Annual report on the working of the lock hospitals in the North-Western Provinces and Oudh
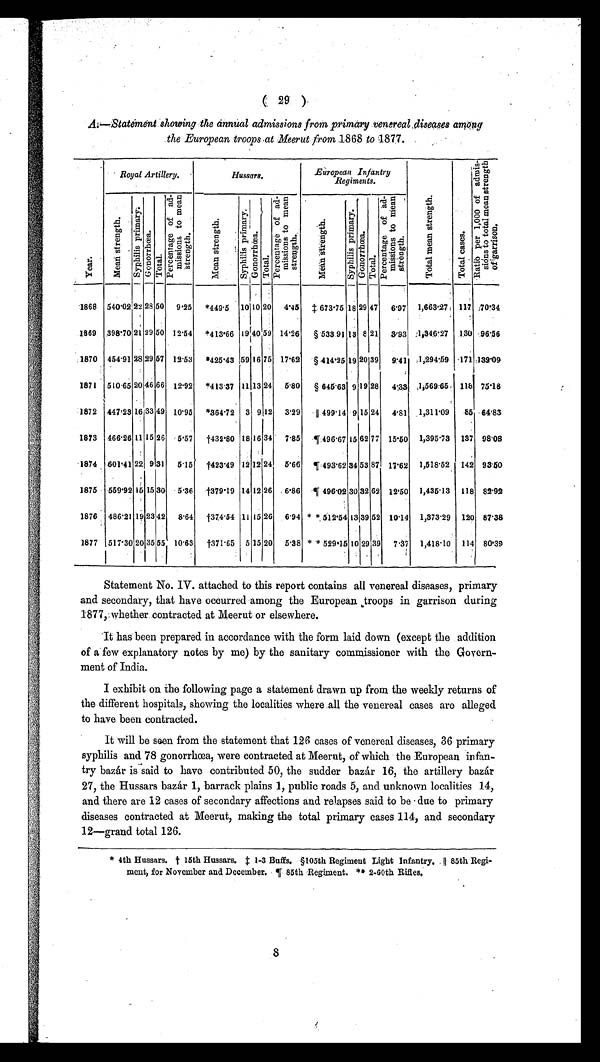
( 29 )
.A.:--Statement showing the annual admissions from primary venereal diseases among
the European troops at Meerut from 1868 to 1877.
•
Y e a r .
. Royal Artillery. •
Hussars.
European Infantry
Regiments.
T o t a l m e a n s t r e n g t h
T o t a l c a s e s .
R a t i o p e r 1 , 0 0 0 o f a d m i s - s i o n s t o t o t a l m e a n s t r e n g t h o f g a r r i s o n .
M e a n s t r e n g h t .
S y p h i l i s p r i m a r y .
G o n o r r h œ a .
T o t a l .
P e r c e n t a g e o f a d m i s s i o n s t o m e a n s t r e n g t h .
M e a n s t r e n g t h .
S y p h i l i s p r i m a r y .
G o n o r r h œ a .
T o t a l .
P e r c e n t a g e o f a d - m i s s i o n s t o m e a n s t r e n g t h .
M e a n s t r e n g t h .
S y p h i l i s p r i m a r y .
G o n o r r h œ a .
T o t a l .
P e r c e n t a g e o f a d - m i s s i o n s t o m e a n s t r e n g t h .
1868 540.02 22 28 50 9.25 *449.5 1010 20 4'45 ‡673.15 18 29 47 6'97 1,663.27 117 70.34
1869 39810 21 29 50 12.54 *413.66
1 9 40 59 14'26 § 533 91 13 8 21 3.93 1,346.27 130 96.56
.1870 454.91 28 29 67 12.53 *425.43 59 16 75 17'62 §414.25 19 20"39 9'41 1,294.59 -171 132.09
1871 510.65 20 46 66 12.92 *413.37 11 13 24 5.80 § 645.63 9 19 28 4.33 1,569.65 118 75.18
1872 447.23 16.33 49 10.95 *364.72 3 9 12 3'29 ║ 499'14 9 15 24 4..81 1,311'09 85 64.83
1873 466.26 11 15 26 5.57
†432. 80 18 16 34 7.85 ¶496.67 15 62 77 15.50 1,39513 137 98'08
'1874 601.41 22 9 31 5.15
†423. 49 12 12 24 5.66 ¶493.62 34 53 87 17.62 1,518.52 142 93.50
3875 -559.12 15 15 30 5.36
†379. 19 14 12 26 . 6.86
496.02 30 32 62 12.50 1,435.13 118 82.92
1876 486'21 19 23 42 8.64
†374. 54 11 15 26 6.94 * *512.54 13 39 52 10'14 1,373.29 120 87.38
1877 517'30 2o 35 65 10.63
†371. 065 5 15 20 5.38 **529.15 529.15 10 29'39 7.37 1,418.10 114 80'39
Statement No. IV. attached to this report contains all venereal diseases, primary
and secondary, that have occurred among the European ,troops in garrison during
1877, whether, contracted at. Meerut or elsewhere.
'It has been prepared in accordance with the form laid down (except the addition
of a few explanatory notes by me) by the sanitary commissioner with the Govern-
ment of India.
I exhibit on the following page a statement drawn up from the weekly returns of
the different hospitals, showing the localities where all the venereal cases are alleged
to have been contracted.
It will be seen from the statement that 126 cases of venereal diseases, 36 primary
syphilis and 78 gonorrhœea, were contracted at Meerut, of which the European infan-
try bazár is said to have contributed 50, the sudder bazar 16, the artillery bazar
27, the Hussars bazar 1, barrack plains 1, public roads 5, and unknown localities 14,
and there are 12 cases of secondary affections and relapses said to be due to primary
diseases contracted at Meerut, making the total primary cases 114, and secondary
12-grand total 126.
* 4th Hussars. f 15th Hussars. t 1-3 Buffs. §105th Regiment Light Infantry.. if 85th Regi-
ment, for November and December.
85th Regiment. ** 2-60th Rifles.